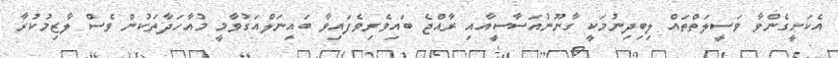
އެކަށީގެންވާ ވަސީލަތްތައް ލިބިދިނުމަކީ ގާނޫނުއަސާސީއާއި ރާއްޖެ ބައިވެރިވެފައިވާ ބައިނަލްއަގުވާމީ މުއާހަދާތަކުން ވެސް ލާޒިމުކުރާ